Sketch of the medical history of the native army of Bombay, for the year
Year: 1872
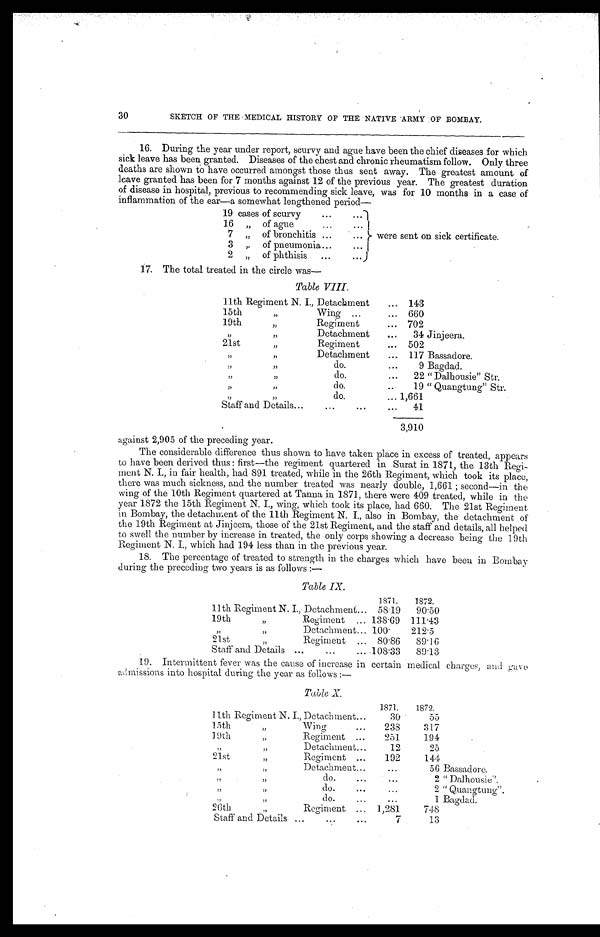
30
SKETCH OF THE MEDICAL HISTORY OF THE NATIVE ARMY OF BOMBAY.
16. During the year under report, scurvy and ague have been the chief diseases for which
sick leave has been granted. Diseases of the chest and chronic rheumatism follow. Only three
deaths are shown to have occurred amongst those thus sent away. The greatest amount of
leave granted has been for 7 months against 12 of the previous year. The greatest duration
of disease in hospital, previous to recommending sick leave, was for 10 months in a case of
inflammation of the ear—a somewhat lengthened period
—
19 cases of scurvy . . .
were sent on sick certificate.
16 " of ague . . .
7 " of bronchitis . . .
3 " of pneumonia . . .
2 " of phthisis . . .
17. The total treated in the circle was
—
Table VIII.
11th Regiment N. I., Detachment . . . 143
15th Wing . . . 660
1 9 t h " R e g i m e n t . . .
702
" " Detachment . . .
34 Jinjeera.
21st " Regiment . . . 502
" " Detachment . . .
117 Bassadore.
" " do. . . .
9 Bagdad.
" " do. . . .
22 "Dalhousie" Str.
" " do. . . .
19 "Quangtung" Str.
"
" do. . . . 1,661
Staff and Details . . .
41
3 , 9 1 0
against 2,905 of the preceding year.
The considerable difference thus shown to have taken place in excess of treated, appears
to have been derived thus : first—the regiment quartered in Surat in 1871, the 13th Regi
-
ment N. I., in fair health, had 891 treated, while in the 26th Regiment, which took its place,
there was much sickness, and the number treated was nearly double, 1,661 ; second—in the
wing of the 10th Regiment quartered at Tanna in 1871, there were 409 treated, while in the
year 1872 the 15th Regiment N. I., wing, which took its place, had 660. The 21st Regiment
in Bombay, the detachment of the 11th Regiment N. I., also in Bombay, the detachment of
the 19th Regiment at Jinjeera, those of the 21st Regiment, and the staff and details, all helped
to swell the number by increase in treated, the only corps showing a decrease being the 19th
Regiment N. I., which had 194 less than in the previous year.
18. The percentage of treated to strength in the charges which have been in Bombay
during the preceding two years is as follows :—
Table IX.
1871.
1872.
11th Regiment N. I., Detachment . . .
58.19
90.50
19th " Regiment . . .
138.69
111.43
" " Detachment . . . 1 0 0 .
212.5
21st " Regiment . . .
80.86
89.16
Staff and Details . . .
1 0 8 . 3 3 89.13
19. Intermittent fever was the cause of increase in certain medical charges, and gave
admissions into hospital during the year as follows:—
Table X.
1871.
1872.
11th Regiment N. I., Detachment . . .
30
55
15th " Wing . . .
238
317
19th " Regiment
. . .
251
194
" " Detachment . . .
12
25
21st " Regiment . . .
192
144
" " Detachment . . .
. . .
56 Bassadore.
" " do. . . .
. . .
2 "Dalhousie".
" " d o . . . .
. . .
2 "Quangtung"
" " do. . . .
. . .
1 Bagdad.
26th " Regiment . . . 1,281
748
Staff and Details . . .
7
13